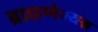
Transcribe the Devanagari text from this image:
ब्राह्मणेभ्यश्च